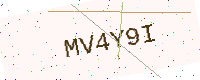
Text: MV4Y9I